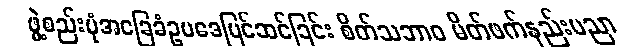
ဖွဲ့စည်းပုံအခြေခံဥပဒေပြင်ဆင်ခြင်း စိတ်သဘာဝ မိတ်ဖက်နည်းပညာ